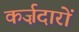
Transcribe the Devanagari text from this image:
कर्ज़दारों